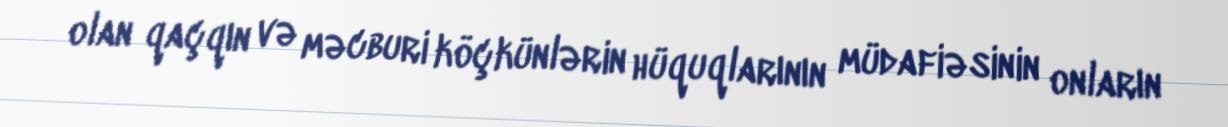
olan qaçqın və məcburi köçkünlərin hüquqlarının müdafiəsinin onların